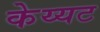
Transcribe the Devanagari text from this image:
केय्यट